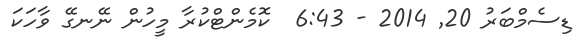
ޑިސެމްބަރު 20